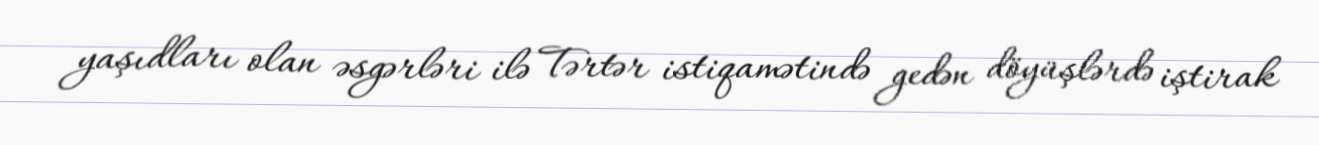
yaşıdları olan əsgərləri ilə Tərtər istiqamətində gedən döyüşlərdə iştirak